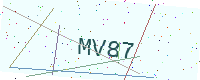
Text: MV87